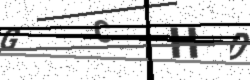
Text: GCHD